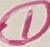
Text: 1